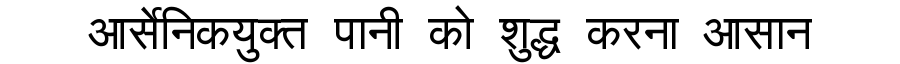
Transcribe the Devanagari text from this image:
आर्सेनिकयुक्त पानी को शुद्ध करना आसान